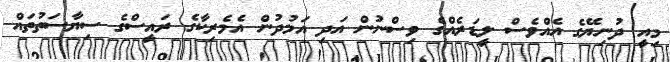
މިއީ ދުނިޔޭގެ އެއްވެސް ލީޑަރެއްގެ ވިސްނުން އަދި އަމުދުން އެމެރިކާގެ ރައީސްގެ ސިޔާސަތުތައް